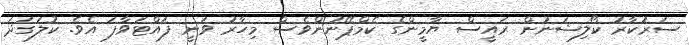
ސަރުކާރު ކޯލިޝަނުން ރައީސް ޔާމީންގެ ކެމްޕޭނުންވެސް މިހާރު ވަނީ ފައްޓަވާފަ އެވެ. ކުލަގަދަ